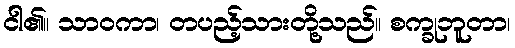
ငါ၏။ သာဝကာ၊ တပည့်သားတို့သည်။ စက္ခုဘူတာ၊